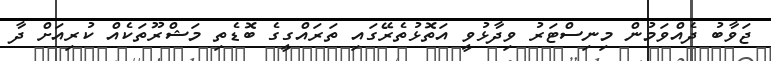
ޖަވާބު ދެއްވަމުން މިނިސްޓަރު ވިދާޅުވީ އަތޮޅުތެރޭގައި ތަރައްގީގެ ބޮޑެތި މަޝްރޫތަކެއް ކުރިއަށް ދާ